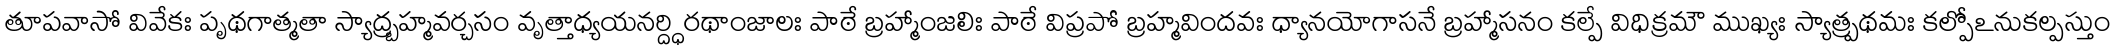
తూపవాసో వివేకః పృథగాత్మతా స్యాద్బ్రహ్మవర్చసం వృత్తాధ్యయనర్ద్ధిరథాంజాలః పాఠే బ్రహ్మాంజలిః పాఠే విప్రపో బ్రహ్మవిందవః ధ్యానయోగాసనే బ్రహ్మాసనం కల్పే విధిక్రమౌ ముఖ్యః స్యాత్ప్రథమః కల్పోఽనుకల్పస్తుం